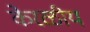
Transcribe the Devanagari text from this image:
केरळीय